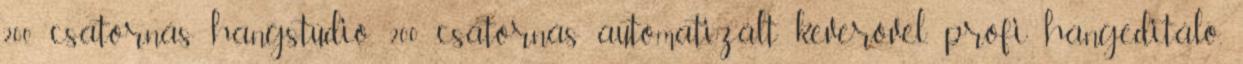
200 csatornás hangstúdió, 200 csatornás automatizált keverôvel, profi hangeditáló,